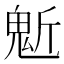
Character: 鬿